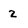
Character: 2